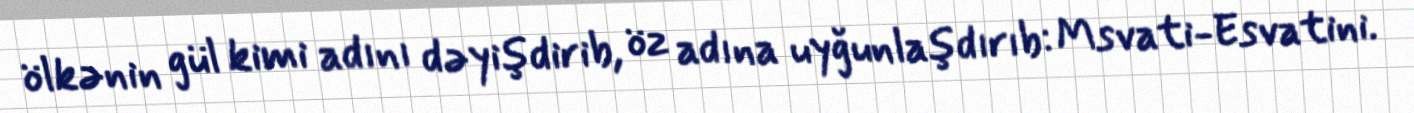
ölkənin gül kimi adını dəyişdirib, öz adına uyğunlaşdırıb: Msvati-Esvatini.